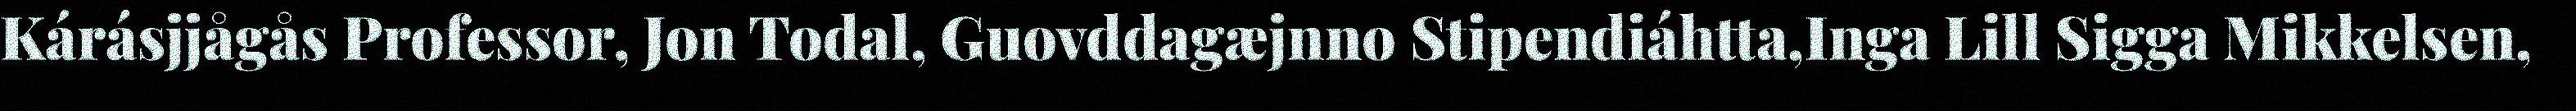
Kárásjjågås Professor, Jon Todal, Guovddagæjnno Stipendiáhtta,Inga Lill Sigga Mikkelsen,